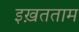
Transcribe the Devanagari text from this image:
इख़तताम